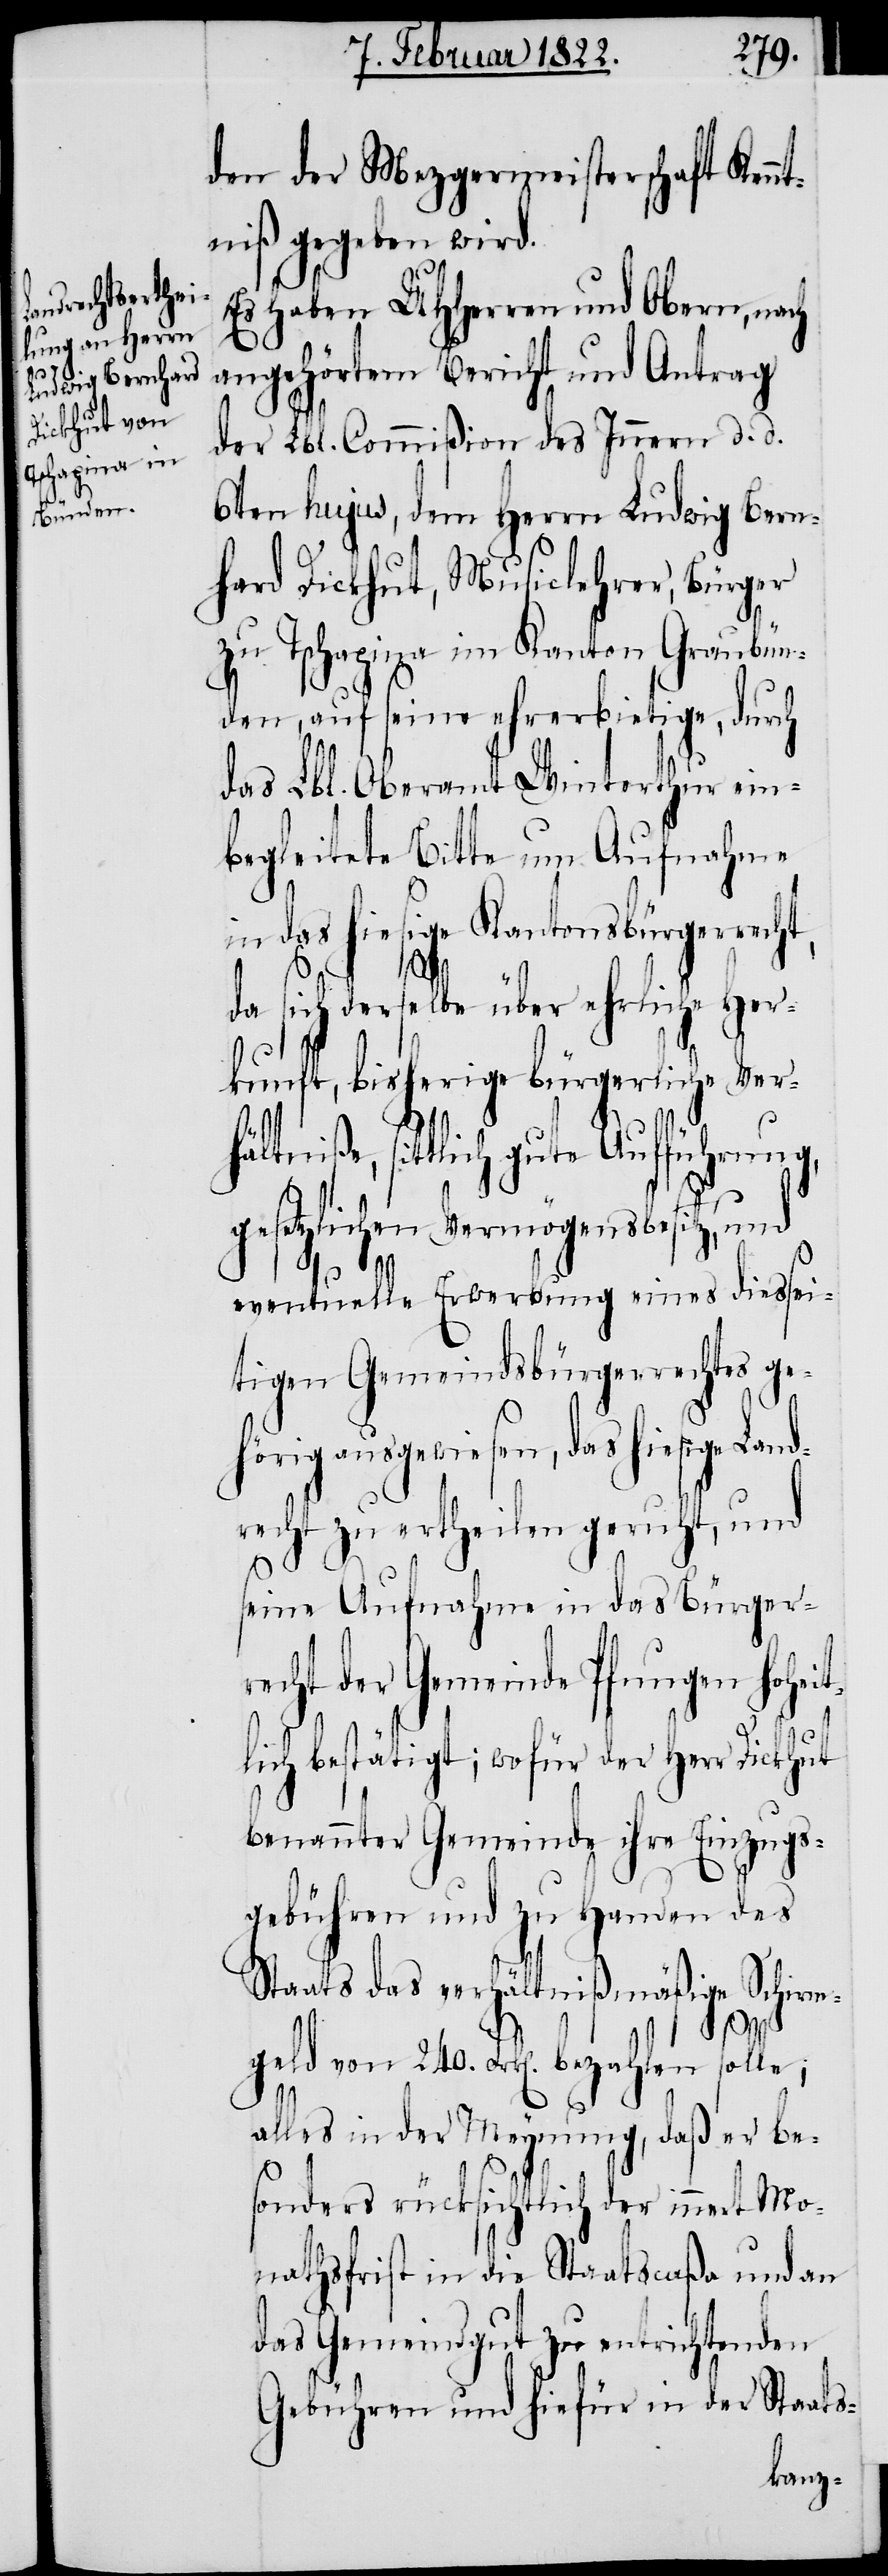
d¬

den der Mezgermeisterschaft Kenn¬
tniß gegeben wird.
Es haben UHHerren und Obern, nach
angehörtem Bericht und Antrag
der Lbl. Commißion des Innern d. d.
6ten hujus, dem Herrn Ludwig Bern¬
hard Dickhut, Musiclehrer, Bürger
zu Tschapina im Kanton Graubün¬
den, auf seine ehrerbietige, durch
das Lbl. Oberamt Winterthur ein¬
begleitete Bitte um Aufnahme
in das hiesige Kantonsbürgerrecht,
a sich derselbe über ehrliche Her¬
kunft, bisherige bürgerliche Ver¬
tlich gute Aufführung,
gesetzlichen Vermögensbesitz, und
eventuelle Erwerbung eines diessei¬
tigen Gemeindsbürgerrechtes ge¬
hörig ausgewiesen, das hiesige Lan¬
recht zu ertheilen geruht, und
seine Aufnahme in das Bürger¬
recht der Gemeinde Pfungen hohei¬
tlich bestätigt; wofür der Herr Dickhut
benannter Gemeinde ihre Einzugs¬
gebühren und zu Handen des
Staats das verhältnißmäßige Schirm¬
ße, sit¬
geld von 240. Frk[en]. bezahlen
alles in der Meinung, daß er be¬
sonders rücksichtlich der innert Mo¬
nathsfrist in die Staatscaßa und an
das Gemeindgut zu entrichtenden
Gebühren und hiefür in der Staats-